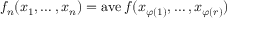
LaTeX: f _ { n } ( x _ { 1 } , \ldots , x _ { n } ) = \operatorname { a v e } f ( x _ { \varphi ( 1 ) } , \ldots , x _ { \varphi ( r ) } )